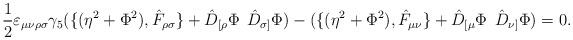
LaTeX: \begin{align*}\frac{1}{2} \varepsilon_{\mu \nu \rho \sigma} \gamma_5 (\{ (\eta^2 +\Phi^2),\hat F_{\rho \sigma} \} +\hat D_{[\rho} \Phi \: \: \hat D_{\sigma]} \Phi) - (\{ (\eta^2 +\Phi^2),\hat F_{\mu \nu} \} +\hat D_{[\mu} \Phi \: \: \hat D_{\nu]} \Phi) =0.\end{align*}